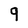
Character: q